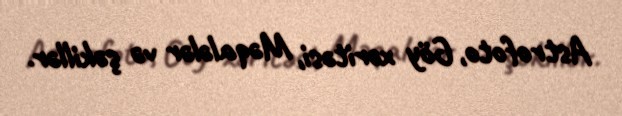
Astrofoto, Göy xəritəsi, Məqalələr və şəkillər.